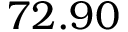
7 2 . 9 0